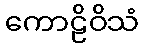
ကောဠိဝိသံ